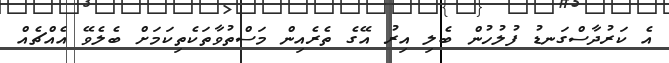
އެ ކަރުދާސްގަނޑު ފުލުހުން ބެލި އިރު އޭގެ ތެރެއިން މަސްތުވާތަކެތިކަމަށް ބެލެވޭ އެއްޗެއް